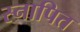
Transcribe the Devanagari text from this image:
स्नापित